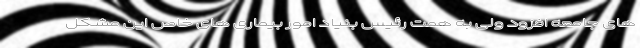
های جامعه افزود ولی به همت رئیس بنیاد امور بیماری های خاص این مشکل